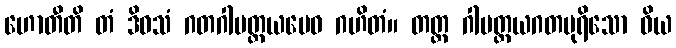
ဟောတီတိ တံ ဒိဝသံ ဂတဂါမတ္တယမေဝ ဂဟိတံ။ တတ္ထ ဂါမတ္တယဂတပုရိသော ဝိယ